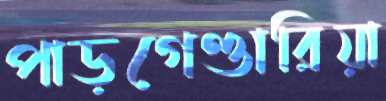
পাড়গেণ্ডারিয়া